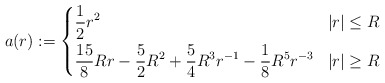
\begin{align*} a(r) := \left\{ \begin{aligned} &\frac 12 r^2& |r|\leq R \\ &\frac{15}{8}Rr-\frac 52 R^2 + \frac 54 R^3 r^{-1} - \frac 18 R^5 r^{-3}& |r| \geq R \end{aligned}\right.\end{align*}